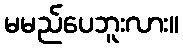
မမည်ပေဘူးလား။